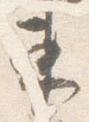
東